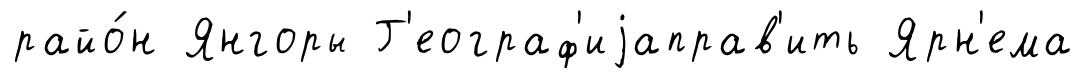
райо́н Янгоры Г'еограф'иjаправ'ить Ярн'ема